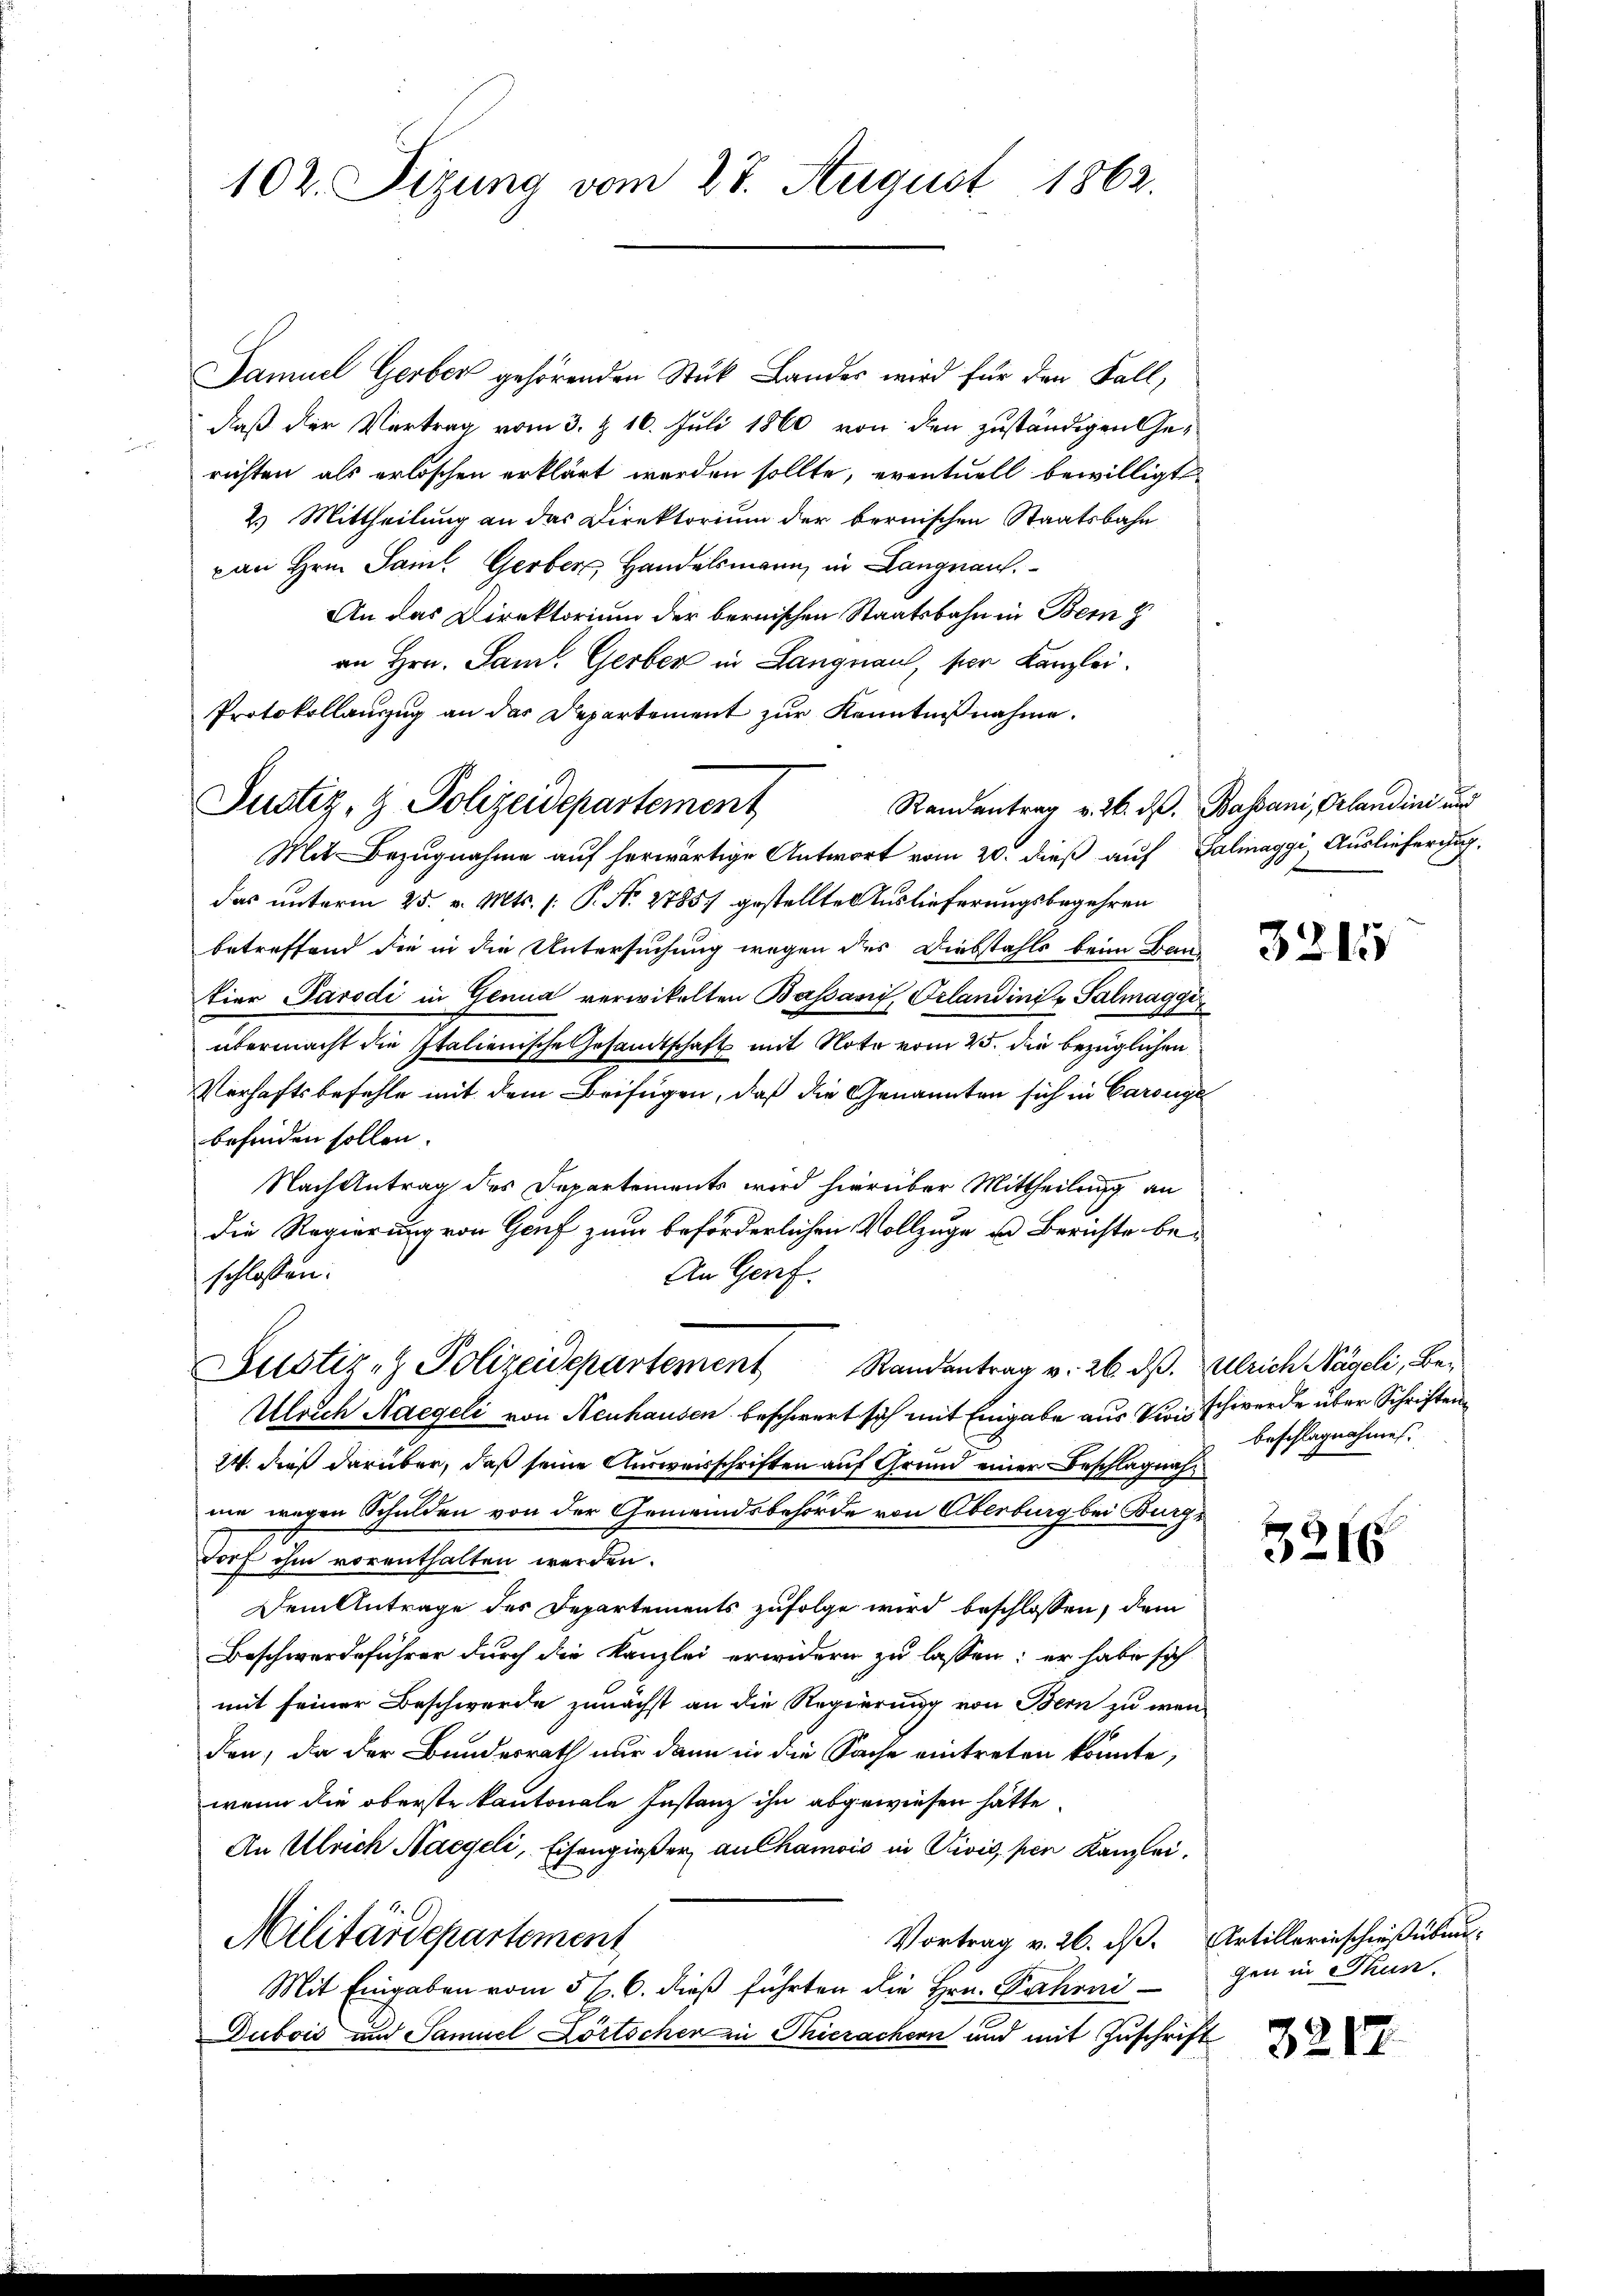
102. Sizung vom 28. August 1862.

Samuel Gerber gehörenden Stück Landes wird für den Fall,
daß der Vertrag vom 3. & 16. Juli 1860 von den zuständigen Gerichten als erloschen erklärt worden sollte, eventuell bewilligt
2.) Mittheilung an das Direktorium der bernischen Staatsbahn
can Hrn. Saml Gerber Handelsmann, in Langnau.
An das Direktorium der bernischen Staatsbahn in Bern z
an Hrn. Sam. Gerber in Langnau, per Kanzlei.
Mit Bezugnahme auf herwärtige Antwort vom 20. dieß auf Salmaggi, Auslieferu
das unterm 25. v. Mts. (: P. No. 2785 gestellten Auslieferungsbegehren
betreffend die in die Untersuchung wegen des Diebstahls beim Band
tier Parodi in Genua verwikelten Bassanić, Orlandini u Salmaggi
übermacht die Italienische Gesandtschaft mit Note vom 25. die bezüglichen
Verhaftsbefehle mit dem Beifügen, daß die Genannten sich in Carouge
befinden sollen.
Nach Antrag des Departements wird hierüber Mittheilung an
die Regierung von Genf zum beförderlichen Vollzuge u. Berichte beschlossen:
An Genf.
Justiz- & Polizeidepartement Randantrag v. 26. ds. Ulrich Nägeli, Be¬
Ulrich Haegeli von Neuhausen beschwert sich mit Eingabe aus dies schwerde über Schriften
24. dieß darüber, daß seine Ausweisschriften auf Grund einer Beschlagnahne wegen Schulden von der Gemeindsbehörde von Oberburg bei Burgdorf ihm vorenthalten werden.
Dem Antrage des Departements zufolge wird beschlossen, dem
Beschwerdeführer durch die Kanzlei erwidern zu lassen; er habe sich
mit seiner Beschwerde zunächst an die Regierung von Bern zu wenden, da der Bundesrath nur dann in die Sache eintreten könnte,
wenn die oberste kantonale Instanz ihn abgewiesen hätte.
An Ulrich Nageli, Eisengießer an Chamois in Divis, pen Kanzlei.
Vortrag v. 26. ds. Artillerinschießübun¬
Militärdepartement
Mit Eingaben vom 5. 6. dieß führten die Hrn. Fahrni
Dubois und Samuel Lörtschen in Thierachern und mit Zuschrift

Protokollauszug an das Departement zur Kenntnißnahme.
Justiz- & Polizeidepartement

Randantrag v. 26. d. Bassani, Orlandini und

3215

beschlagnahmen.

3246

gen in Thun.

3217.